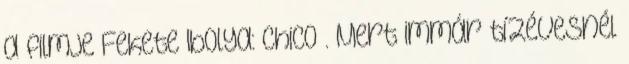
a filmje Fekete Ibolya: Chico . Mert immár tízévesnél